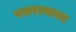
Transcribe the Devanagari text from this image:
पसरल्यावर